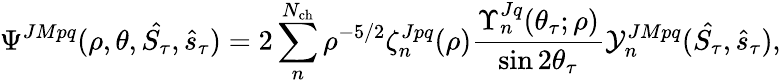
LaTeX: \Psi^{JMpq}(\rho,\theta,\hat{S_{\tau}},\hat{s}_{\tau})=2\sum_{n}^{N_{\mathrm{ch}}}\rho^{-5/2}\zeta_{n}^{Jpq}(\rho)\frac{\Upsilon_{n}^{Jq}(\theta_{\tau};\rho)}{\sin{2\theta_{\tau}}}\mathcal{Y}_{n}^{JMpq}(\hat{S_{\tau}},\hat{s}_{\tau}),